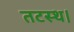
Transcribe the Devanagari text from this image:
तटस्थ।